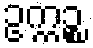
ဥက္ကဉ္စ